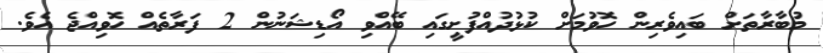
މުބާރާތަށް ބައިވެރިން ހޮވުމަށް ކުޅުދުއްފުށީގައި ބޭއްވި އޯޑިޝަނުން 2 ފަރާތެއް ހޮވިއްޖެ އެވެ.